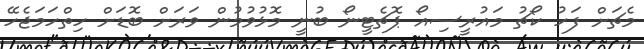
މެޗަށް ފަހު ކޯޗު މައުރީސިއޯ ޕޮޗެޓީނޯ ބުނީ މޮޅުވުމުން ވަރަށް ބޮޑަށް ހިތްހަމަޖެހޭ